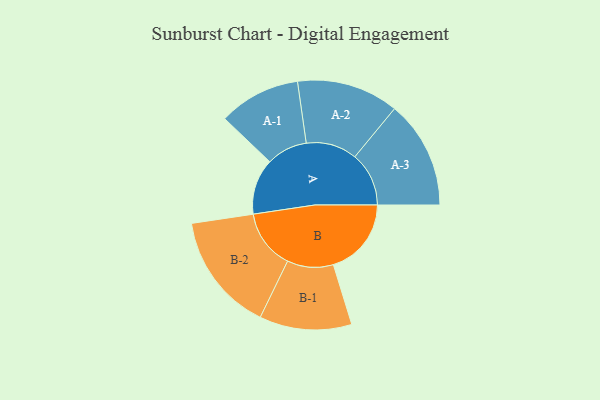
{"axis": {"x": "Segment", "y": "Value"}, "legend": ["", "A", "B"], "data": [{"x": "A", "y": 277, "type": ""}, {"x": "B", "y": 387, "type": ""}, {"x": "A-1", "y": 203, "type": "A"}, {"x": "A-2", "y": 253, "type": "A"}, {"x": "A-3", "y": 268, "type": "A"}, {"x": "B-1", "y": 229, "type": "B"}, {"x": "B-2", "y": 295, "type": "B"}]}